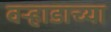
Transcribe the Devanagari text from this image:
वर्‍हाडाच्या